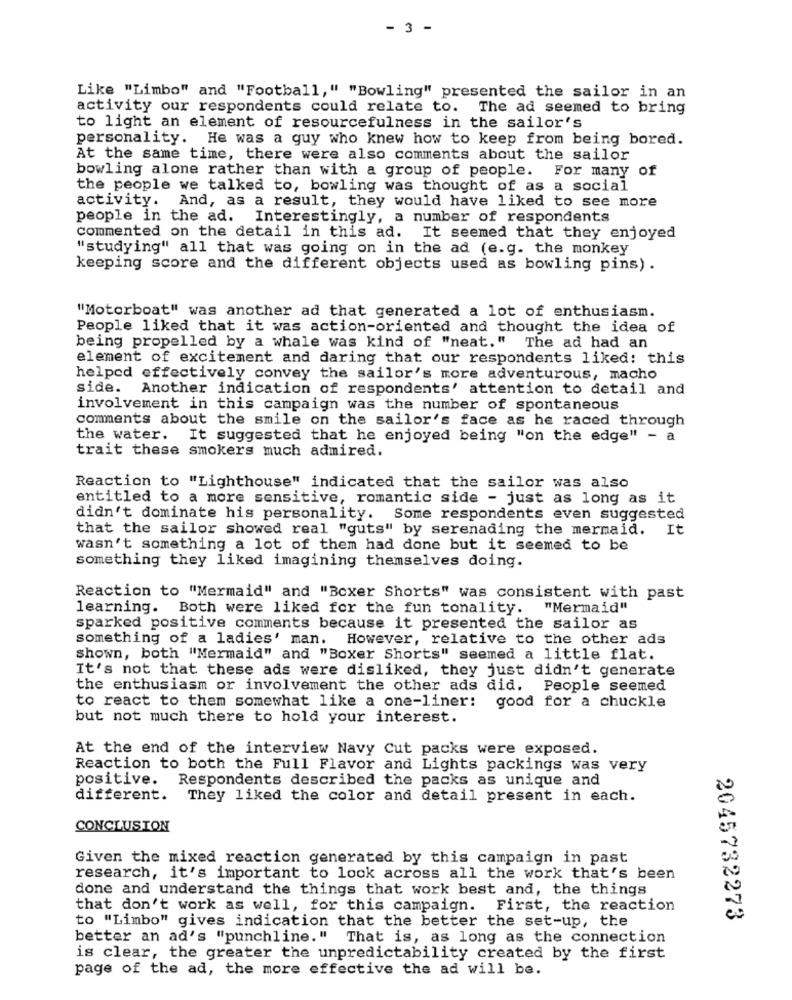
- 3 -
Like "Limbo" and "Football," "Bowling" presented the sailor in an
activity our respondents could relate to. The ad seemed to bring
to light an element of resourcefulness in the sailor's
personality. He was a guy who knew how to keep from being bored.
At the same time, there were also comments about the sailor
bowling alone rather than with a group of people. For many of
the people we talked to, bowling was thought of as a social
activity. And, as a result, they would have liked to see more
people in the ad. Interestingly, a number of respondents
commented on the detail in this ad. It seemed that they enjoyed
"studying" all that was going on in the ad (e.g. the monkey
keeping score and the different objects used as bowling pins) .
"Motorboat" was another ad that generated a lot of enthusiasm.
People liked that it was action-oriented and thought the idea of
being propelled by a whale was kind of "neat." The ad had an
element of excitement and daring that our respondents liked: this
helped effectively convey the sailor's more adventurous, macho
side. Another indication of respondents' attention to detail and
involvement in this campaign was the number of spontaneous
comments about the smile on the sailor's face as he raced through
the water. It suggested that he enjoyed being "on the edge" - a
trait these smokers much admired.
Reaction to "Lighthouse" indicated that the sailor was also
entitled to a more sensitive, romantic side - just as long as it
didn't dominate his personality. Some respondents even suggested
that the sailor showed real "guts" by serenading the mermaid.
It
wasn't something a lot of them had done but it seemed to be
something they liked imagining themselves doing.
Reaction to "Mermaid" and "Boxer Shorts" was consistent with past
learning. Both were liked for the fun tonality. "Mermaid"
sparked positive comments because it presented the sailor as
something of a ladies' man. However, relative to the other ads
shown, both "Mermaid" and "Boxer Shorts" seemed a little flat.
It's not that these ads were disliked, they just didn't generate
the enthusiasm or involvement the other ads did. People seemed
good for a chuckle
to react to them somewhat like a one-liner:
but not much there to hold your interest.
At the end of the interview Navy Cut packs were exposed.
Reaction to both the Full Flavor and Lights packings was very
positive.
Respondents described the packs as unique and
different.
They liked the color and detail present in each.
CONCLUSION
Given the mixed reaction generated by this campaign in past
research, it's important to look across all the work that's been
done and understand the things that work best and, the things
that don't work as well, for this campaign. First, the reaction
2045732273
to "Limbo" gives indication that the better the set-up, the
better an ad's "punchline." That is, as long as the connection
is clear, the greater the unpredictability created by the first
page of the ad, the more effective the ad will be.